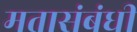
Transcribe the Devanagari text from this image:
मतासंबंधी